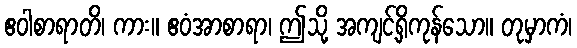
ဧဝါစာရာတိ၊ ကား။ ဧဝံအာစာရာ၊ ဤသို့ အကျင့်ရှိကုန်သော။ တုမှာကံ၊